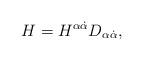
LaTeX: \begin{align*}H = H^{\alpha\dot\alpha} D_{\alpha\dot\alpha} ,\end{align*}